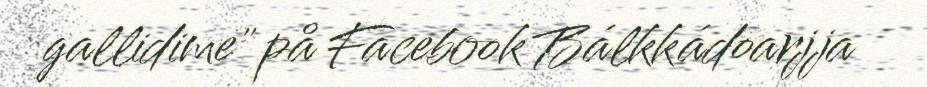
gallidime" på Facebook Bálkkádoarjja